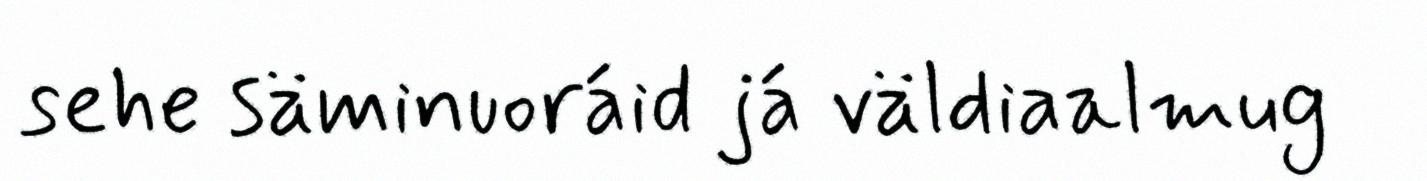
sehe säminuoráid já väldiaalmug